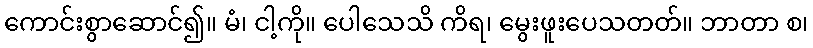
ကောင်းစွာဆောင်၍။ မံ၊ ငါ့ကို။ ပေါသေသိ ကိရ၊ မွေးဖူးပေသတတ်။ ဘာတာ စ၊